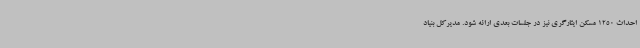
احداث 1250 مسکن ایثارگری نیز در جلسات بعدی ارائه شود. مدیرکل بنیاد